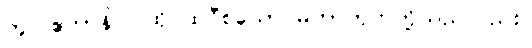
တူ။ ဧတာနိပိ၊ ထိုပထဝီစသော မဟာဘုတ်တို့သည်လည်း။